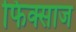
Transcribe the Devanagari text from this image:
फिक्साज